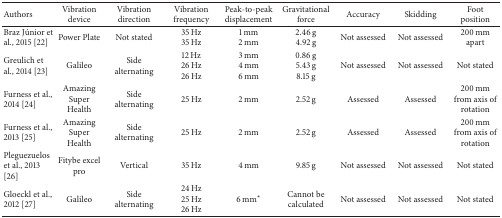
| Authors | Vibration device | Vibration direction | Vibration frequency | Peak-to-peak displacement | Gravitational force | Accuracy | Skidding | Foot position |
 | --- | --- | --- | --- | --- | --- | --- | --- | --- |
 | Braz Júnior et al., 2015 [22] | Power Plate | Not stated | 35 Hz35 Hz | 1 mm2 mm | 2.46 g4.92 g | Not assessed | Not assessed | 200 mm apart |
 | Greulich et al., 2014 [23] | Galileo | Side alternating | 12 Hz26 Hz26 Hz | 3 mm4 mm6 mm | 0.86 g5.43 g8.15 g | Not assessed | Not assessed | Not stated |
 | Furness et al., 2014 [24] | Amazing Super Health | Side alternating | 25 Hz | 2 mm | 2.52 g | Assessed | Assessed | 200 mm from axis of rotation |
 | Furness et al., 2013 [25] | Amazing Super Health | Side alternating | 25 Hz | 2 mm | 2.52 g | Assessed | Assessed | 200 mm from axis of rotation |
 | Pleguezuelos et al., 2013 [26] | Fitybe excel pro | Vertical | 35 Hz | 4 mm | 9.85 g | Not assessed | Not assessed | Not stated |
 | Gloeckl et al., 2012 [27] | Galileo | Side alternating | 24 Hz25 Hz26 Hz | 6 mm∗ | Cannot be calculated | Not assessed | Not assessed | Not stated |